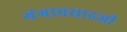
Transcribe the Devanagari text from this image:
गंगाप्रसादजी